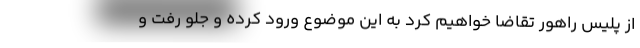
از پلیس راهور تقاضا خواهیم کرد به این موضوع ورود کرده و جلو رفت و